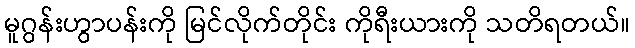
မူဂွန်းဟွာပန်းကို မြင်လိုက်တိုင်း ကိုရီးယားကို သတိရတယ်။